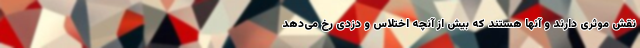
نقش موثری دارند و آنها هستند که بیش از آنچه اختلاس و دزدی رخ می‌دهد